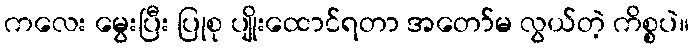
ကလေး မွေးပြီး ပြုစု ပျိုးထောင်ရတာ အတော်မ လွယ်တဲ့ ကိစ္စပဲ။